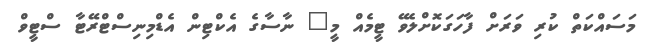
މަސައްކަތް ކުރި ވަރަށް ފާހަގަކޮށްލެވޭ ޓީމެއް މީ" ނާސާގެ އެކްޓިން އެޑްމިނިސްޓްރޭޓާ ސްޓީވް